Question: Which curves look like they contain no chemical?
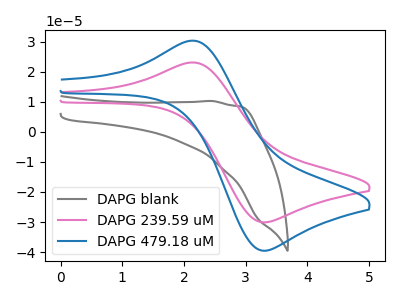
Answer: <think>The gray curve "DAPG blank" has no peaks. The pink curve "DAPG 239.59 uM" has an anodic peak at (2.20V, 23.10uA) and a cathodic peak at (3.30V, -30.10uA). The blue curve "DAPG 479.18 uM" has an anodic peak at (2.20V, 30.30uA) and a cathodic peak at (3.30V, -39.55uA).</think>
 <answer>"DAPG blank" is likely to be a blank.</answer>
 <eval>DAPG blank</eval>